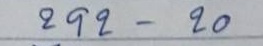
292 - 20